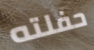
حفلته